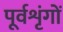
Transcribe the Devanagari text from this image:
पूर्वशृंगों